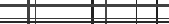
١٦